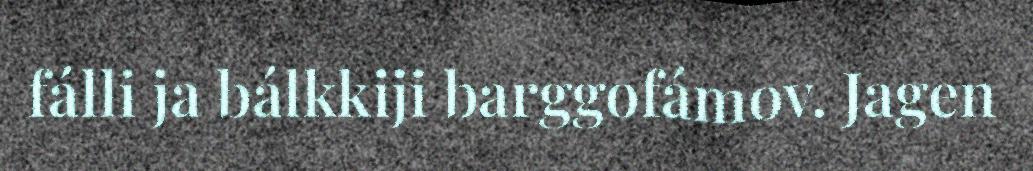
fálli ja bálkkiji barggofámov. Jagen